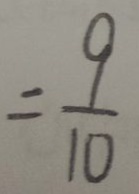
= \frac { 9 } { 1 0 }